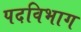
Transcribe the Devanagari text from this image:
पदविभाग